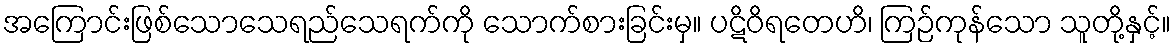
အကြောင်းဖြစ်သောသေရည်သေရက်ကို သောက်စားခြင်းမှ။ ပဋိဝိရတေဟိ၊ ကြဉ်ကုန်သော သူတို့နှင့်။